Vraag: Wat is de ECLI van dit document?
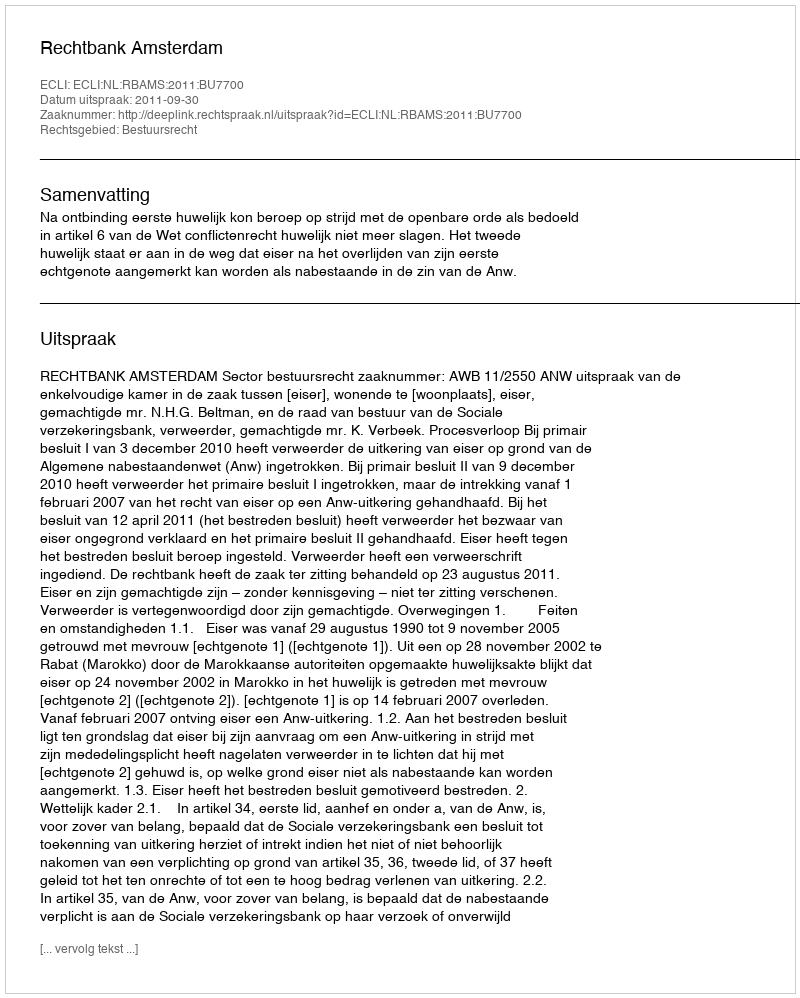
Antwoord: ECLI:NL:RBAMS:2011:BU7700